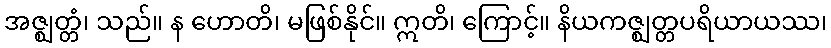
အဇ္ဈတ္တံ၊ သည်။ န ဟောတိ၊ မဖြစ်နိုင်။ ဣတိ၊ ကြောင့်။ နိယကဇ္ဈတ္တပရိယာယဿ၊